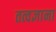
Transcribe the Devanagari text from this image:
तत्वज्ञाना